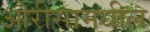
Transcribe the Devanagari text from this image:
ओरीसामधील